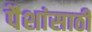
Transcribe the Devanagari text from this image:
पैशांसाठी